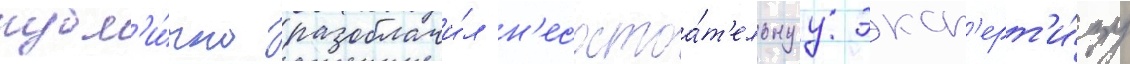
публ'и́чно разоблачи́л н'есостоа́т'ельнуу эксп'ерт'и́зу